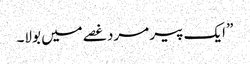
” ایک پیر مرد غصے میں بولا۔